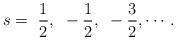
LaTeX: \begin{align*}s=~\frac{1}{2},~ -\frac{1}{2},~ -\frac{3}{2},\cdots {\,}.\end{align*}